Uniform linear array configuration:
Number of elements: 16
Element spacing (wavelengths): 0.75
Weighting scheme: hamming
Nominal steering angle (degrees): -60
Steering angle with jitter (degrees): -59.696
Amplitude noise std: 0.05
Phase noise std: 0.05

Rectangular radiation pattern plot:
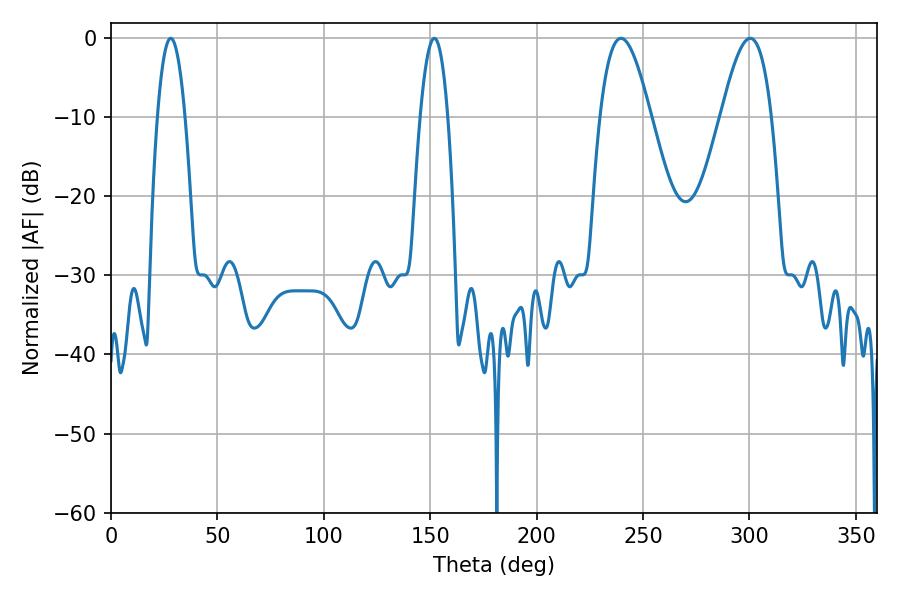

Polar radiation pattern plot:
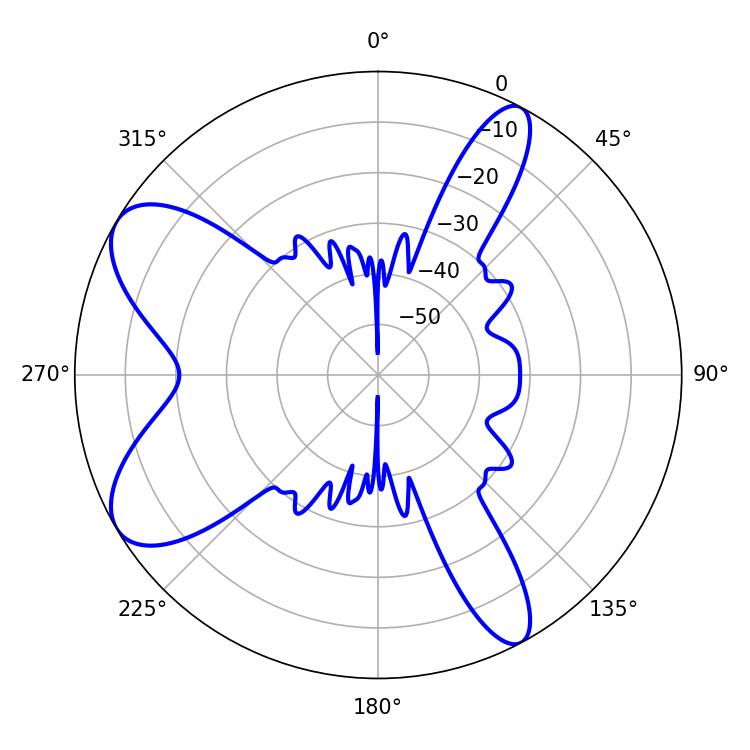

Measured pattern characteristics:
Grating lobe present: TRUE
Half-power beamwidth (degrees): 7.2
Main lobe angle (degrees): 28.08